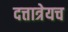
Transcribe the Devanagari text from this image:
दत्तात्रेयच